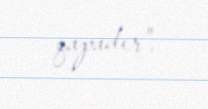
qapadır".